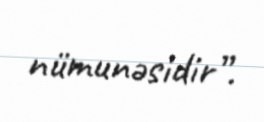
nümunəsidir”.